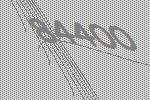
84400